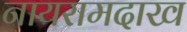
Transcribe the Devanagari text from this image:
नायरामदाख